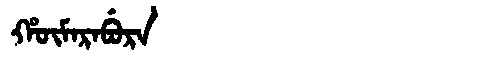
Manchu: ᡥᡡᠮᠠᡵᠠᠪᡠᡵᠠ
Romanization: HŪMARABURA